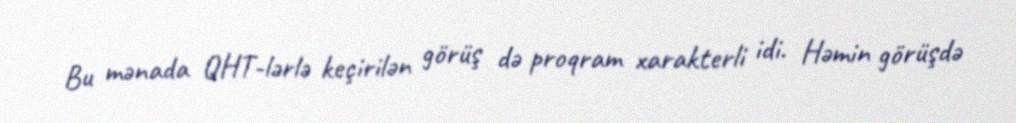
Bu mənada QHT-lərlə keçirilən görüş də proqram xarakterli idi. Həmin görüşdə